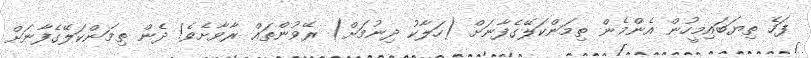
ފަހެ ތިޔަބައިމީހުން އެންމެން ތިމަންކަލޭގެފާނަށް (ހަލާކު ދިނުމަށް) ރޭވުންތައް ރާވާށެވެ! ދެން ތިމަންކަލޭގެފާނަށް